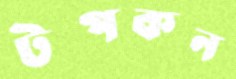
টপকন